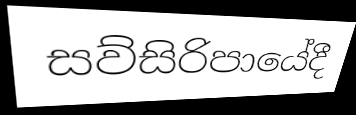
සව්සිරිපායේදී